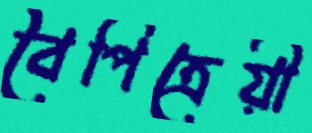
বৈপিত্রেয়ী